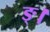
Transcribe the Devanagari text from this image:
ङ्।